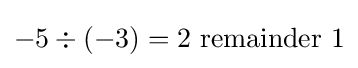
-5\div (-3)=2~\mathrm {remainder} ~1